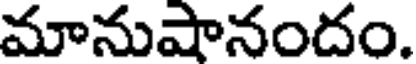
మానుషానందం.